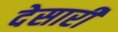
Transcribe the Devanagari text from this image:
देसारी